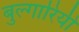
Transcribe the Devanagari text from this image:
बुल्गारियी